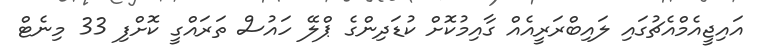
އައިޖީއެމްއެޗުގައި ލައިބްރަރީއެއް ގާއިމުކޮށް ކުޑަދިންގެ ޕްލޭ ހައުސް ތަރައްގީ ކޮށްފި 33 މިނެޓް